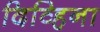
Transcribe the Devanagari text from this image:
दिव्हिना